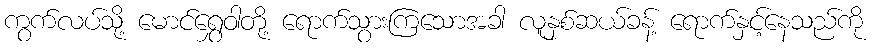
ကွက်လပ်သို့ မောင်ရွှေဝါတို့ ရောက်သွားကြသောအခါ လူနှစ်ဆယ်ခန့် ရောက်နှင့်နေသည်ကို